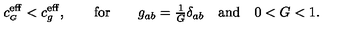
c _ { \scriptscriptstyle G } ^ { \mathrm { e f f } } < c _ { g } ^ { \mathrm { e f f } } , \qquad \mathrm { f o r } \qquad g _ { a b } = { \textstyle \frac { 1 } { G } } \delta _ { a b } \quad \mathrm { a n d } \quad 0 < G < 1 .